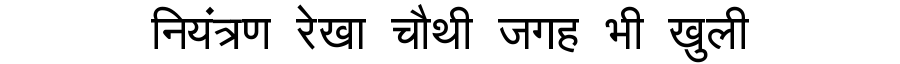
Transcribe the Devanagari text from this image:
नियंत्रण रेखा चौथी जगह भी खुली